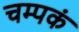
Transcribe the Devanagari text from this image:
चम्पकं